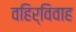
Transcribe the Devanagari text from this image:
वहिर्विवाह